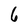
Character: 6